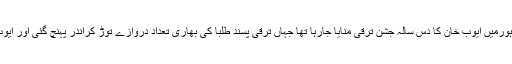
اکتوبر 1968 کے ایک روزفورٹریس سٹیڈیم لاہورمیں ایوب خان کا دس سالہ جشن ترقی منایا جارہا تھا جہاں ترقی پسند طلبا کی بھاری تعداد دروازے توڑ کراندر پہنچ گئی اور ایوب خان کے خلاف نعرے لگانے شروع کر دئے۔